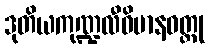
ဒုတိယကုဏ္ဍလီဝိမာနဝတ္ထု